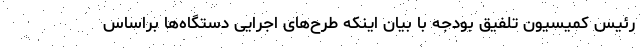
رئیس کمیسیون تلفیق بودجه با بیان اینکه طرح‌های اجرایی دستگاه‌ها براساس